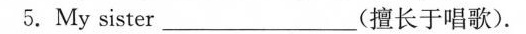
5.My sister___(擅长于唱歌).